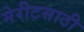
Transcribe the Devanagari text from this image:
मेरीटसाठी